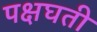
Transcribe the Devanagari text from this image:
पक्षघती